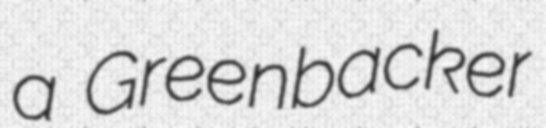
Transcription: a Greenbacker